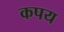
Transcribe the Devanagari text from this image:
कपय